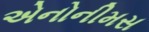
એનોનીમસ